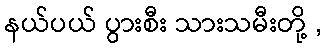
နယ်ပယ် ပွားစီး သားသမီးတို့ ,